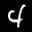
Digit: 4